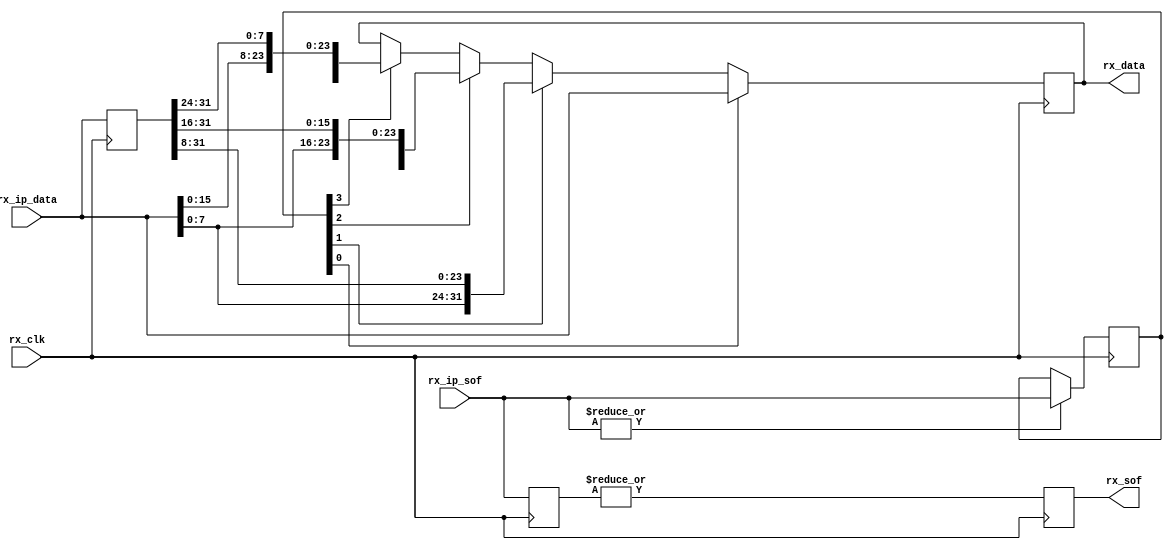
// ***************************************************************************
// ***************************************************************************
// Copyright 2014 - 2017 (c) Analog Devices, Inc. All rights reserved.
//
// In this HDL repository, there are many different and unique modules, consisting
// of various HDL (Verilog or VHDL) components. The individual modules are
// developed independently, and may be accompanied by separate and unique license
// terms.
//
// The user should read each of these license terms, and understand the
// freedoms and responsibilities that he or she has by using this source/core.
//
// This core is distributed in the hope that it will be useful, but WITHOUT ANY
// WARRANTY; without even the implied warranty of MERCHANTABILITY or FITNESS FOR
// A PARTICULAR PURPOSE.
//
// Redistribution and use of source or resulting binaries, with or without modification
// of this file, are permitted under one of the following two license terms:
//
//   1. The GNU General Public License version 2 as published by the
//      Free Software Foundation, which can be found in the top level directory
//      of this repository (LICENSE_GPL2), and also online at:
//      <https://www.gnu.org/licenses/old-licenses/gpl-2.0.html>
//
// OR
//
//   2. An ADI specific BSD license, which can be found in the top level directory
//      of this repository (LICENSE_ADIBSD), and also on-line at:
//      https://github.com/analogdevicesinc/hdl/blob/master/LICENSE_ADIBSD
//      This will allow to generate bit files and not release the source code,
//      as long as it attaches to an ADI device.
//
// ***************************************************************************
// ***************************************************************************

`timescale 1ns/100ps

module ad_xcvr_rx_if #(
  parameter OCTETS_PER_BEAT = 4,
  parameter DW = OCTETS_PER_BEAT * 8
) (

  // jesd interface

  input rx_clk,
  input [OCTETS_PER_BEAT-1:0] rx_ip_sof,
  input [DW-1:0] rx_ip_data,
  output reg rx_sof,
  output reg [DW-1:0] rx_data
);

  // rx_ip_sof:
  // The input beat may contain more than one frame per clock, a sof bit is set for
  // each frame.
  // Every bit that corresponds to a octet that is at the beginning of a frame
  // the bit is set. E.g for OCTETS_PER_BEAT = 4
  //   if F=1 all bits are set,
  //      F=2 sof=4'b0101,
  //      F=4 sof=4'b0001

  //
  // rx_ip_data:
  // The temporal ordering of the octets is from LSB to MSB,
  // this means the octet placed in the lowest 8 bits was received first,
  // the octet placed in the highest 8 bits was received last.

  // internal registers

  reg     [DW-1:0]  rx_ip_data_d = 'd0;
  reg     [OCTETS_PER_BEAT-1:0]  rx_ip_sof_hold = 'd0;
  reg     [OCTETS_PER_BEAT-1:0]  rx_ip_sof_d = 'd0;

  always @(posedge rx_clk) begin
    rx_ip_data_d <= rx_ip_data;
    rx_ip_sof_d <= rx_ip_sof;
    if (|rx_ip_sof) begin
      rx_ip_sof_hold <= rx_ip_sof;
    end
    rx_sof <= |rx_ip_sof_d;
  end

  wire [OCTETS_PER_BEAT*DW-1:0] rx_data_s;
  assign rx_data_s[0 +: DW] = rx_ip_data;
  generate
    genvar i;
    for (i = 1; i < OCTETS_PER_BEAT; i = i + 1) begin : g_rx_data_opt
      assign rx_data_s[i*DW +: DW] = {rx_ip_data[i*8-1 : 0], rx_ip_data_d[DW-1 : i*8]};
    end
  endgenerate

  integer j;
  always @(posedge rx_clk) begin
    for (j = OCTETS_PER_BEAT-1; j >= 0; j = j - 1) begin
      if (rx_ip_sof_hold[j] == 1'b1) begin
        rx_data <= rx_data_s[j*DW +: DW];
      end
    end
  end

endmodule